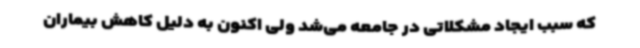
که سبب ایجاد مشکلاتی در جامعه می‌شد ولی اکنون به دلیل کاهش بیماران